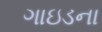
ગાઇડના